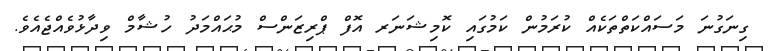
ގިނަގުނަ މަސައްކަތްތަކެއް ކުރަމުން ކަމުގައި ކޮމިޝަނަރ އޮފް ޕްރިޒަންސް މުޙައްމަދު ހުޝާމް ވިދާޅުވެއްޖެއެވެ.